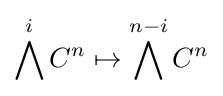
\bigwedge ^{i}C^{n}\mapsto \bigwedge ^{n-i}C^{n}